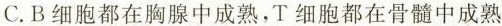
C.B细胞都在胸腺中成熟，T细胞都在骨髓中成熟